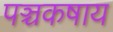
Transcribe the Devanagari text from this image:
पञ्चकषाय